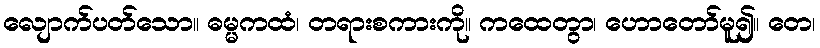
လျောက်ပတ်သော။ ဓမ္မကထံ၊ တရားစကားကို။ ကထေတွာ၊ ဟောတော်မူ၍။ တေ၊